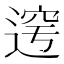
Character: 𲅤